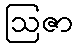
ဩဇာ